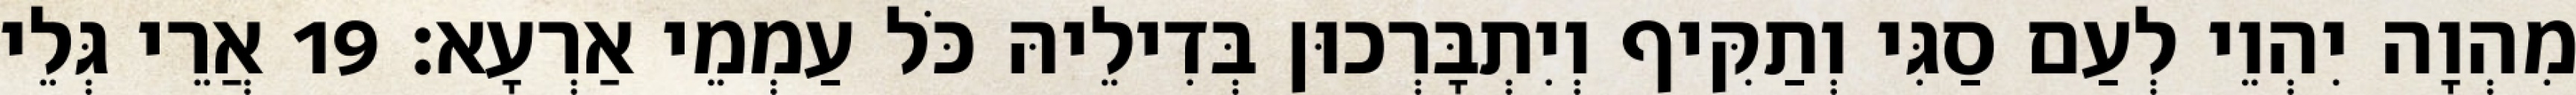
מִהְוָה יִהְוֵי לְעַם סַגִּי וְתַקִּיף וְיִתְבָּרְכוּן בְּדִילֵיהּ כֹּל עַמְמֵי אַרְעָא׃ 19 אֲרֵי גְּלֵי